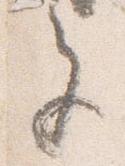
色